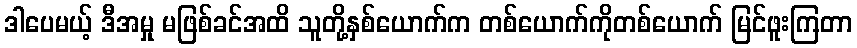
ဒါပေမယ့် ဒီအမှု မဖြစ်ခင်အထိ သူတို့နှစ်ယောက်က တစ်ယောက်ကိုတစ်ယောက် မြင်ဖူးကြတာ